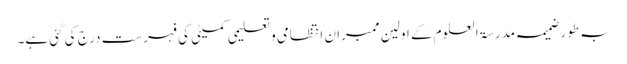
بہ طور ضمیمہ مدرسۃ العلوم کے اولین ممبران انتظامی و تعلیمی کمیٹی کی فہرست درج کی گئی ہے۔